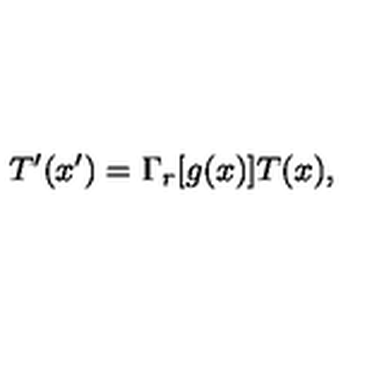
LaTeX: T ^ { \prime } ( x ^ { \prime } ) = \Gamma _ { r } [ g ( x ) ] T ( x ) ,